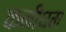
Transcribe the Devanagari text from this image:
कनींघम